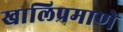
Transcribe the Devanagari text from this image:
खालिप्रमाणे